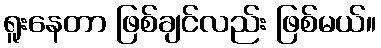
ရူးနေတာ ဖြစ်ချင်လည်း ဖြစ်မယ်။